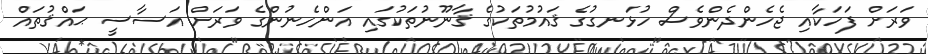
ވަރަށް ފަހަކާއި ޖެހެންދެންވެސް ހުޅަނގުގެ ޤައުމުތަކުގެ ޤާނޫނުތަކުގައި އަންހެނުންގެ ވަރަށް އަސާސީ ޙައްޤުތައް